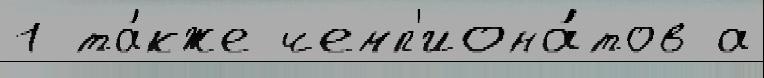
1 та́кже чемп'иона́тов а